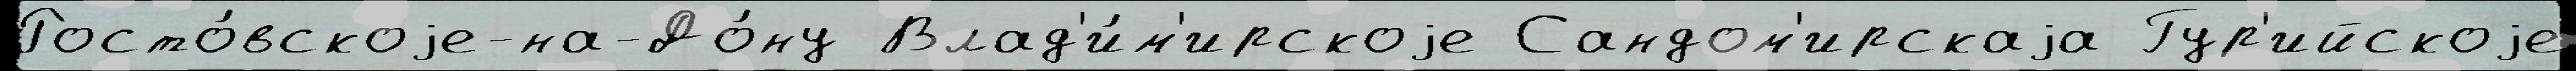
Росто́вскоjе-на-До́ну Влад'и́м'ирскоjе Сандом'ирскаjа Гур'ийскоjе